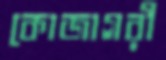
কোজাগরী